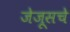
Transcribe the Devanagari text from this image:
जेजूसचे